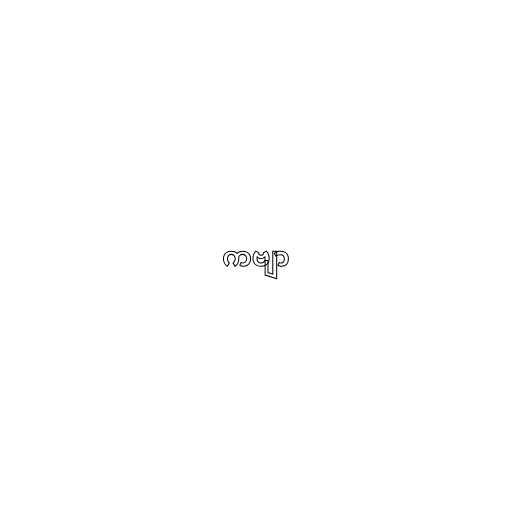
ကဗျာ